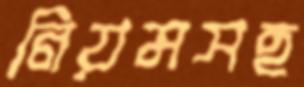
নিয়মসহ